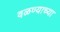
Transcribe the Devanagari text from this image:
वळण्याच्या